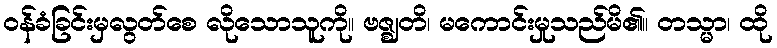
ဝန်ခံခြင်းမှလွတ်စေ လိုသောသူကို။ ဗဇ္ဈတိ၊ မကောင်းမှုသည်မိ၏။ တသ္မာ၊ ထို